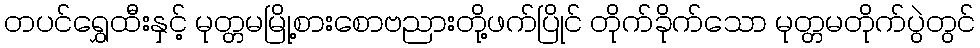
တပင်ရွှေထီးနှင့် မုတ္တမမြို့စားစောဗညားတို့ဖက်ပြိုင် တိုက်ခိုက်သော မုတ္တမတိုက်ပွဲတွင်